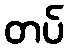
တပ်